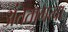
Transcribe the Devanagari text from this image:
अंततागत्वा